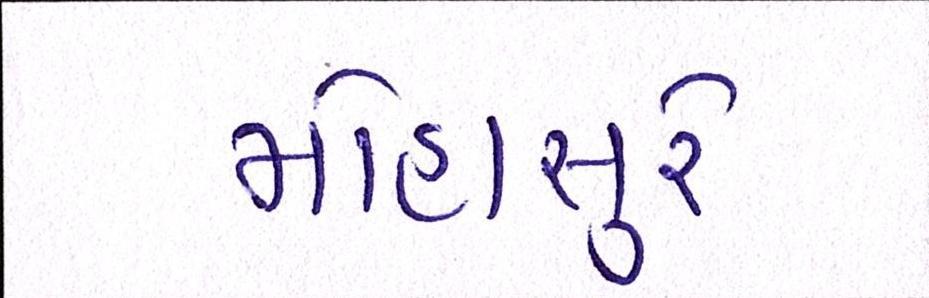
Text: મોહાસુરે